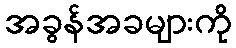
အခွန်အခများကို